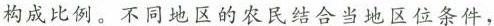
构成比例。不同地区的农民结合当地区位条件，